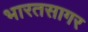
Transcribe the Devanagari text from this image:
भारतसागर